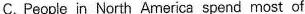
C.People in North America spend most of